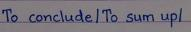
To conclude / To sum up/